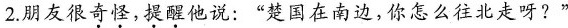
2.朋友很奇怪，提醒他说：”楚国在南边，你怎么往北走呀?”